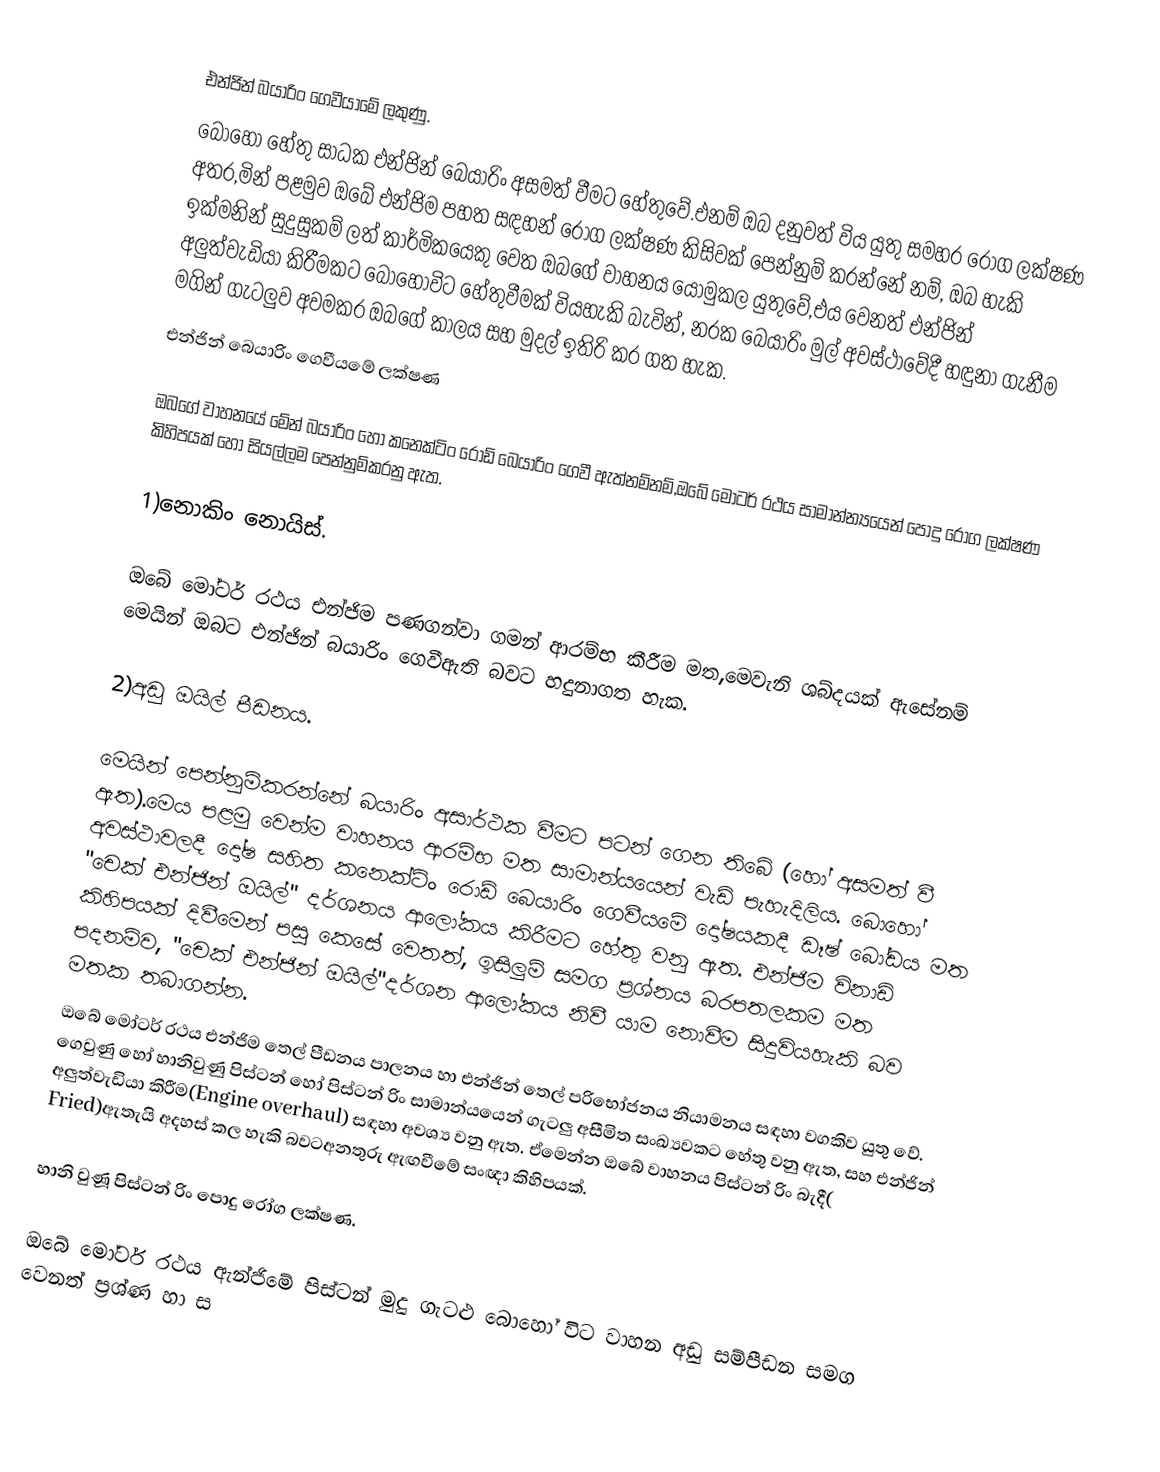
එන්ජින් බයාරිං ගෙවීයාමේ ලකුණු.
                                                                                                                                                                                                                                                                                                     බොහෝ හේතු සාධක එන්ජින් බෙයාරිං අසමත් වීමට හේතුවේ.එනම් ඔබ දනුවත් විය යුතු සමහර රෝග ලක්ෂණ අතර,මින් පළමුව ඔබේ එන්ජිම පහත සඳහන් රෝග ලක්ෂණ කිසිවක් පෙන්නුම් කරන්නේ නම්, ඔබ හැකි ඉක්මනින් සුදුසුකම් ලත් කාර්මිකයෙකු වෙත ඔබගේ වාහනය යොමුකල යුතුවේ,එය වෙනත් එන්ජින් අලුත්වැඩියා කිරීමකට බොහෝවිට හේතුවීමක් වියහැකි බැවින්, නරක බෙයාරිං මුල් අවස්ථාවේදී හඳුනා ගැනීම මගින් ගැටලුව අවමකර ඔබගේ කාලය සහ මුදල් ඉතිරි කර ගත හැක.
                                                                                                                            එන්ජින් බෙයාරිං ගෙවීයමේ ලක්ෂණ

ඔබගේ වාහනයේ මේන් බයාරිං හෝ  කනෙක්ටිං රොඩ් බෙයාරිං ගෙවී ඇත්නම්නම්,ඔබේ මෝටර් රථය සාමාන්න්‍යයෙන් පොදු රෝග ලක්ෂණ කිහිපයක් හෝ සියල්ලම පෙන්නුම්කරනු ඇත.

1)නොකිං නොයිස්.

ඔබේ මෝටර් රථය එන්ජිම පණගන්වා ගමන් ආරම්භ කීරීම මත,මෙවැනි ශබ්දයක් ඇසේනම් මෙයින් ඔබට එන්ජින් බයාරිං ගෙවීඇති බවට හදුනාගත හැක.

2)අඩු ඔයිල් පීඩනය.

මෙයින් පෙන්නුම්කරන්නේ බයාරිං අසාර්ථක වීමට පටන් ගෙන තිබේ (හෝ අසමත් වී ඇත).මෙය පළමු වෙන්ම වාහනය ආරම්භ මත සාමාන්යයෙන් වැඩි පැහැදිලිය. බොහෝ අවස්ථාවලදී දෝෂ සහිත කනෙක්ටිං රොඩ් ⁣බෙයාරිං ගෙවීයමේ දෝෂයකදී ඩෑෂ් බෝඩය මත "චෙක් එන්ජින් ඔයිල්" දර්ශනය ආලෝකය කිරීමට හේතු වනු ඇත. එන්ජිම විනාඩි කිහිපයක් දිවීමෙන් පසු කෙසේ වෙතත්, ඉසිලුම් සමග ප්‍රශ්නය බරපතලකම මත පදනම්ව, "චෙක් එන්ජින් ඔයිල්"දර්ශන ආලෝකය නිවී යාම නොවීම සිදුවියහැකි බව මතක තබාගන්න.
                                                                                                                                                                                      ඔබේ මෝටර් රථය එන්ජිම තෙල් පීඩනය පාලනය හා එන්ජින් තෙල් පරිභෝජනය නියාමනය සඳහා වගකිව යුතු වේ. ගෙවුණු හෝ හානිවුණු පිස්ටන් හෝ පිස්ටන් රිං සාමාන්යයෙන් ගැටලු අසීමිත සංඛ්‍යවකට හේතු වනු ඇත, සහ එන්ජින් අලුත්වැඩියා කිරීම(Engine overhaul) සඳහා අවශ්‍ය වනු ඇත. ඒමෙන්න ඔබේ වාහනය පිස්ටන් රිං බැදී( Fried)ඇතැයි අදහස් කල හැකි බවටඅනතුරු ඇඟවීමේ සංඥා කිහිපයක්.

හානි වුණූ පිස්ටන් රිං පොදු රෝග ලක්ෂණ.

ඔබේ මෝටර් රථය ඇන්ජිමේ පිස්ටන් මුදු ගැටළු බොහෝ විට වාහන අඩු සම්පීඩන සමග වෙනත් ප්‍රශ්ණ හා ස